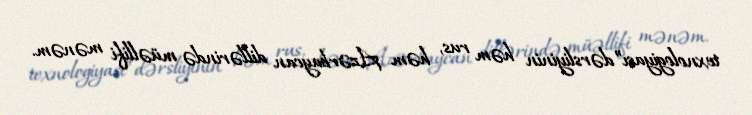
texnologiyası”dərsliyinin həm rus, həm Azərbaycan dillərində müəllifi mənəm.